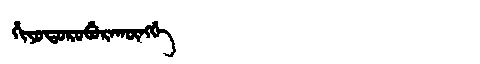
Manchu: ᡥᡳᠶᠣᡨᠣᡵᠣᠪᡠᡵᠠᡴᡡᠩᡤᡝ
Romanization: HIYOTOROBURAKŪNGGE